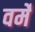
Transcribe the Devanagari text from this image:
वर्मे